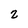
Character: 2